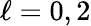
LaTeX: \ell=0,2